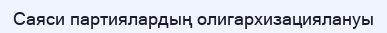
Саяси партиялардың олигархизациялануы